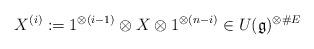
LaTeX: \begin{align*}X^{(i)}:=1^{\otimes (i-1)}\otimes X\otimes 1^{\otimes (n-i)}\in U(\mathfrak{g})^{\otimes\#E}\end{align*}